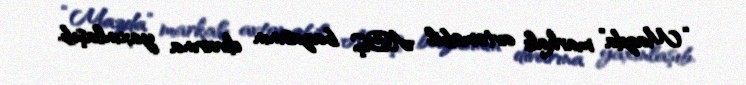
“Mazda” markalı avtomobil ABŞ bazasının divarına yaxınlaşıb.